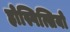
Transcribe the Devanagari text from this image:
होस्पित्सियो